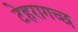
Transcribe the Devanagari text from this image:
टेहरागच्छ